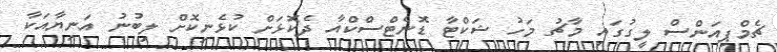
ޗެމްޕިއަންސް ލީގުގައި މާޗު މަހު ޝަކްޓާ ޑޮނެޓްސްކްއާ ދެކޮޅަށް ކުޅެނިކޮށް ލިބުނު އަނިޔާއަކާ